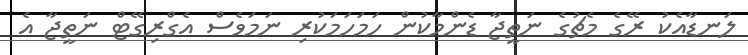
ލަނޑާއެކު ރޭގެ މެޗުގެ ނަތީޖާ ޑެންމާކުން ހަމަހަމަކުރި ނަމަވެސް އެގްރިގޭޓް ނަތީޖާ އެ